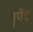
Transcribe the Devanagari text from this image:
नृपेंद्र